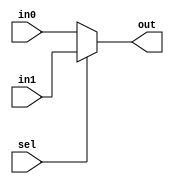
module	mux2to1_cond( out, in0, in1, sel);

output	out ;
input	in0 ;
input	in1 ;
input 	sel ;

assign	out = (sel) ? in1 : in0 ;

endmodule

module	mux2to1_if ( out, in0, in1, sel);
output	out;
input	in0 ;
input	in1 ;
input 	sel ;

reg out;

always @(*) begin
	if(sel == 1'b0) begin
		out = in0 ;
	end else begin
		out = in1 ;
	end
end
endmodule

module mux2to1_case( out, in0, in1, sel);

output	out;
input	in0;
input	in1;
input	sel;

reg	out ;

always @( in0 or in1 or sel) begin
	case(sel)
		1'b0 : out = in0 ;
		1'b1 : out = in1 ;
	endcase
end
endmodule